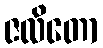
ဇလိတော